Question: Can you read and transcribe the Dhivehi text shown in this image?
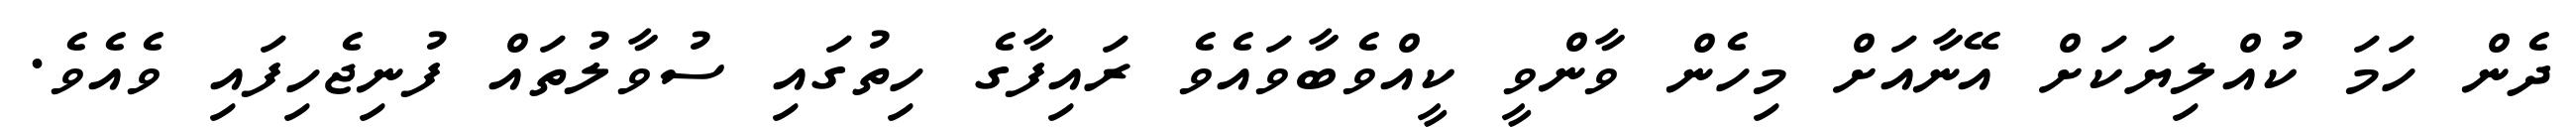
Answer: ދެން ހަމަ ކުއްލިޔަކަށް އޭނާއަށް މިހެން ވާންވީ ކީއްވެބާވައެވެ ރައިފާގެ ހިތުގައި ސުވާލުތައް ފުނިޖެހިފައި ވެއެވެ.